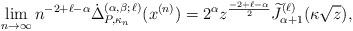
LaTeX: \begin{align*} \lim_{n \to \infty} n^{-2 + \ell - \alpha} \dot{\Delta}_{P,\kappa_n}^{ (\alpha, \beta; \,\ell)} (x^{(n)}) = 2^\alpha z^{\frac{-2 + \ell -\alpha}{2}} \widetilde{J}_{\alpha+1}^{(\ell)}( \kappa \sqrt{z}),\end{align*}